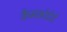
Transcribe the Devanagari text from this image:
कैमकोर्डरों